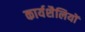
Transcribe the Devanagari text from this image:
कार्यशैलियों